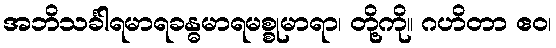
အဘိသင်္ခါရမာရခန္ဓမာရမစ္စုမာရာ၊ တို့ကို။ ဂဟိတာ ဧဝ၊